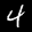
Label: 4